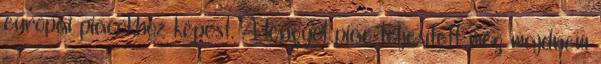
európai piacokhoz képest. A lengyel piac teljesített még majdnem